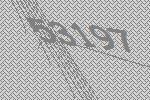
53197